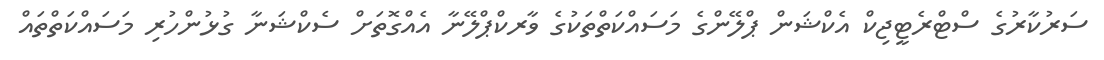
ސަރުކާރުގެ ސްޓްރެޓީޖިކް އެކްޝަން ޕްލޭންގެ މަސައްކަތްތަކުގެ ވާރކްޕްލޭނާ އެއްގޮތަށް ސެކްޝަނާ ގުޅުންހުރި މަސައްކަތްތައް